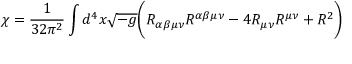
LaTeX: \chi = \frac { 1 } { 3 2 \pi ^ { 2 } } \int d ^ { 4 } x \sqrt { - g } \biggl ( R _ { \alpha \beta \mu \nu } R ^ { \alpha \beta \mu \nu } - 4 R _ { \mu \nu } R ^ { \mu \nu } + R ^ { 2 } \biggr )